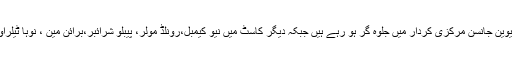
ایکشن سے بھرپوراس سنسنی خیز فلم میں ڈیوین جانسن مرکزی کردار میں جلوۂ گر ہو رہے ہیں جبکہ دیگر کاسٹ میں نیو کیمبل،رونلڈ مولر، پیبلو شرائبر،برائن مین ، نوہا ٹیلراورہانا کوئن وین سمیت کئی فنکار شامل ہیں۔